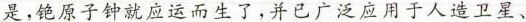
是，铯原子钟就应运而生了，并已广泛应用于人造卫星、